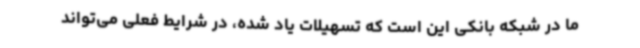
ما در شبکه بانکی این است که تسهیلات یاد شده، در شرایط فعلی می‌تواند